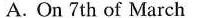
A. On 7th of March